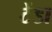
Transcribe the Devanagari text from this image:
टेंडा